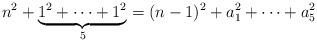
LaTeX: \begin{align*}n^2 + \underbrace{1^2+\dotsb+1^2}_{5} = (n-1)^2 + a_1^2 + \dotsb + a_5^2\end{align*}